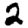
Digit: 2